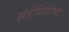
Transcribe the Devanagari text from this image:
संबंधितांचा